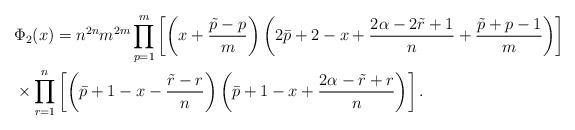
LaTeX: \begin{align*} &\Phi_{2}(x) =n^{2n}m^{2m}\prod_{p=1}^{m}\left[\left(x+\frac{\tilde{p}-p}{m}\right) \left(2\bar{p}+2 -x + \frac{2\alpha-2\tilde{r}+1}{n}+\frac{\tilde{p}+p-1}{m}\right)\right] \\ & \times \prod_{r=1}^{n} \left[\left(\bar{p}+1-x-\frac{\tilde{r}-r}{n}\right)\left(\bar{p}+1-x+ \frac{2\alpha-\tilde{r}+r}{n}\right)\right]. \end{align*}